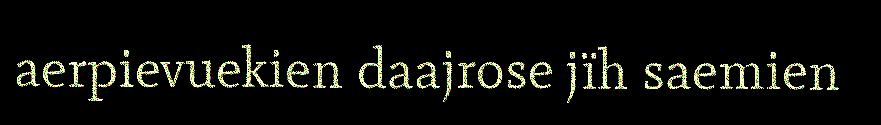
aerpievuekien daajrose jïh saemien